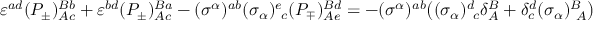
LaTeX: \varepsilon ^ { a d } ( P _ { \pm } ) _ { A c } ^ { B b } + \varepsilon ^ { b d } ( P _ { \pm } ) _ { A c } ^ { B a } - ( \sigma ^ { \alpha } ) ^ { a b } ( \sigma _ { \alpha } ) _ { ~ c } ^ { e } ( P _ { \mp } ) _ { A e } ^ { B d } = - ( \sigma ^ { \alpha } ) ^ { a b } \bigr ( ( \sigma _ { \alpha } ) _ { ~ c } ^ { d } \delta _ { A } ^ { B } + \delta _ { c } ^ { d } ( \sigma _ { \alpha } ) _ { ~ A } ^ { B } \bigr )